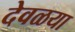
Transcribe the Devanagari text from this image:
देवळया